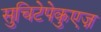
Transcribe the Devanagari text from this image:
सुचिटेपेकुएज़